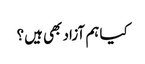
کیا ہم آزاد بھی ہیں؟